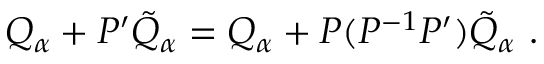
Q _ { \alpha } + P ^ { \prime } { \tilde { Q } } _ { \alpha } = Q _ { \alpha } + P ( P ^ { - 1 } P ^ { \prime } ) { \tilde { Q } } _ { \alpha } \ .